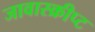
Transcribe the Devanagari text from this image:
जावास्क्रीप्ट